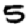
Digit: 5